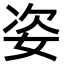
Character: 姿